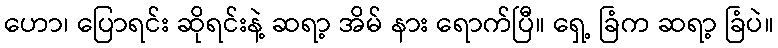
ဟော၊ ပြောရင်း ဆိုရင်းနဲ့ ဆရာ့ အိမ် နား ရောက်ပြီ။ ရှေ့ ခြံက ဆရာ့ ခြံပဲ။